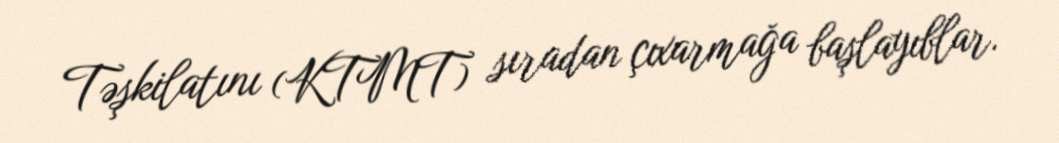
Təşkilatını (KTMT) sıradan çıxarmağa başlayıblar.